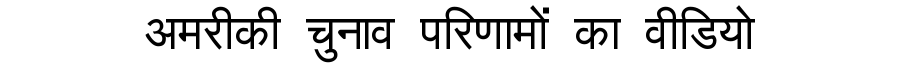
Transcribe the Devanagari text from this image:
अमरीकी चुनाव परिणामों का वीडियो